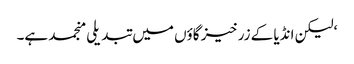
‘ لیکن انڈیا کے زرخیز گاؤں میں تبدیلی منجمد ہے۔